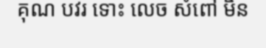
គុណ បវរ ទោះ លេច សំពៅ មិន